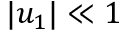
| u _ { 1 } | \ll 1